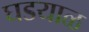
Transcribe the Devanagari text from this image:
घडयाळ